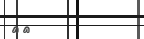
٦٠